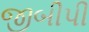
જીબીપી